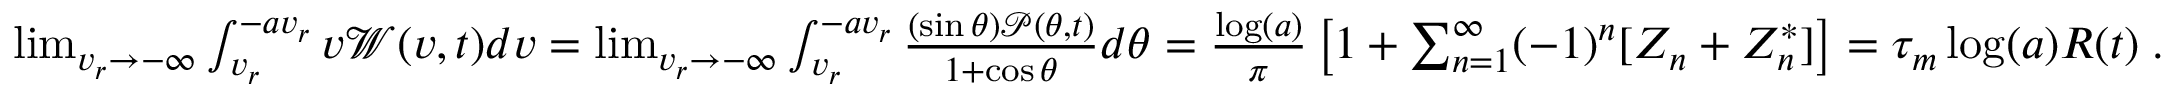
\begin{array} { r } { \operatorname* { l i m } _ { v _ { r } \to - \infty } \int _ { v _ { r } } ^ { - a v _ { r } } v \mathcal W ( v , t ) d v = \operatorname* { l i m } _ { v _ { r } \to - \infty } \int _ { v _ { r } } ^ { - a v _ { r } } \frac { ( \sin \theta ) \mathcal P ( \theta , t ) } { 1 + \cos \theta } d \theta = \frac { \log ( a ) } { \pi } \left[ 1 + \sum _ { n = 1 } ^ { \infty } ( - 1 ) ^ { n } [ Z _ { n } + Z _ { n } ^ { * } ] \right] = \tau _ { m } \log ( a ) R ( t ) \; . } \end{array}